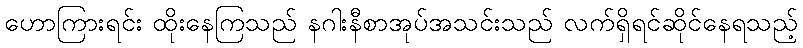
ဟောကြားရင်း ထိုးနေကြသည် နဂါးနီစာအုပ်အသင်းသည် လက်ရှိရင်ဆိုင်နေရသည့်